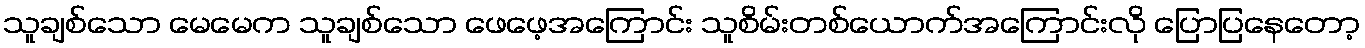
သူချစ်သော မေမေက သူချစ်သော ဖေဖေ့အကြောင်း သူစိမ်းတစ်ယောက်အကြောင်းလို ပြောပြနေတော့